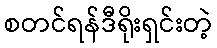
စတင်ရန်ဒီရိုးရှင်းတဲ့